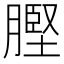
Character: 𮌲